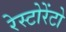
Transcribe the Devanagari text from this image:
रेस्‍टोरेंटो